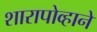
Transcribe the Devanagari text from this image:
शारापोव्हाने